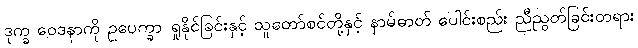
ဒုက္ခ ဝေဒနာကို ဥပေက္ခာ ရှုနိုင်ခြင်းနှင့် သူတော်စင်တို့နှင့် နာမ်ဓာတ် ပေါင်းစည်း ညီညွတ်ခြင်းတရား